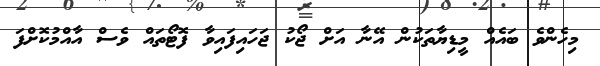
މިހެންވެ ބައެއް މީޑިޔާތަކުން އޭނާ އަށް ޖޯކު ޖަހައިފައިވާ ފޮޓޯތައް ވެސް އާއްމުކޮށްފަ